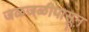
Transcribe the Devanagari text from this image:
जळजळीपासून